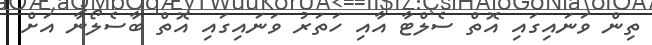
ތިން ވަނައިގައި އޮތް ސެލްޓާ އާއި ހަތަރު ވަނައިގައި އޮތް ބާސެލޯނާ އަށް